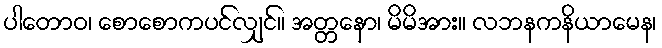
ပါတောဝ၊ စောစောကပင်လျှင်။ အတ္တနော၊ မိမိအား။ လဘနကနိယာမေန၊